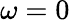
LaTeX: \omega=0